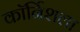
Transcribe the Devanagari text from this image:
कॉर्निशला